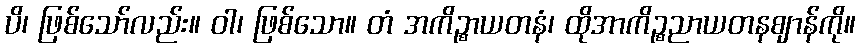
ပိ၊ ဖြစ်သော်လည်း။ ဝါ၊ ဖြစ်သော။ တံ အကိဉ္စာယတနံ၊ ထိုအာကိဉ္စညာယတနဈာန်ကို။